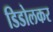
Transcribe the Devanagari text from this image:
डिडोलकर